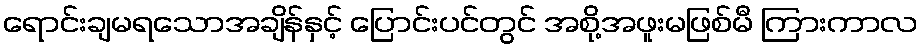
ရောင်းချမရသောအချိန်နှင့် ပြောင်းပင်တွင် အစို့အဖူးမဖြစ်မီ ကြားကာလ